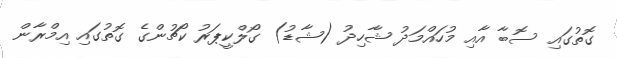
ގޮތުގައި ސޮބާ އާއި މުހައްމަދު ޝާހިދު (ޝާޑު) ގޯލްކީޕަރު ކޯޗުންގެ ގޮތުގައި އިމްރާން